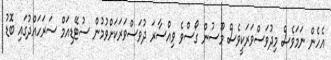
އެހެން ނަމަވެސް މިދުވަސްވަރަކީވެސް މޫސުން ގޯސްވެ ވިއްސާރަ ދުވަސްވަރަަކަށްވުމުން ސުޓޭޑިއަމް ސަރަހައްދުގައި ބޮޑު